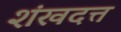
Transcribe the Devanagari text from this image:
शंखदत्त